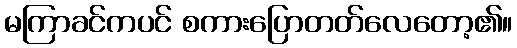
မကြာခင်ကပင် စကားပြောတတ်လေတော့၏။